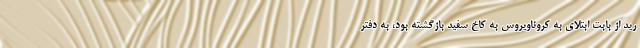
رید از بابت ابتلای به کروناویروس به کاخ سفید بازگشته بود، به دفتر